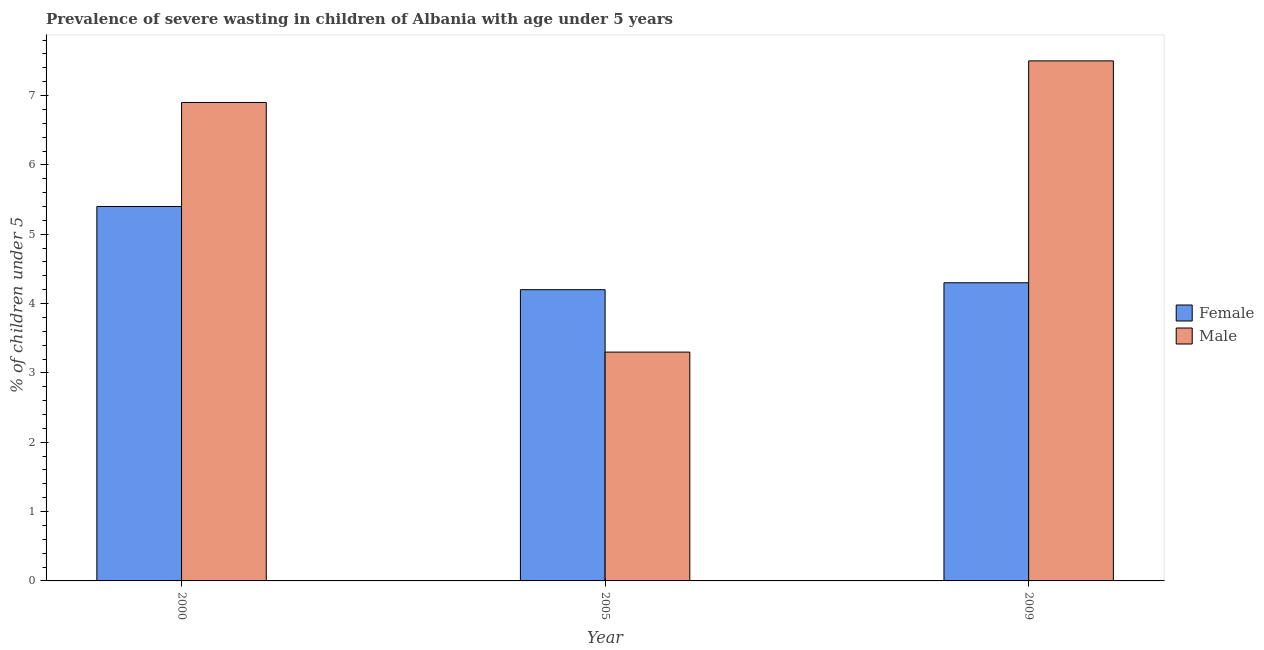
| Year | Female | Male |
 | --- | --- | --- |
 | 2000 | 5.4 | 6.9 |
 | 2005 | 4.2 | 3.3 |
 | 2009 | 4.3 | 7.5 |